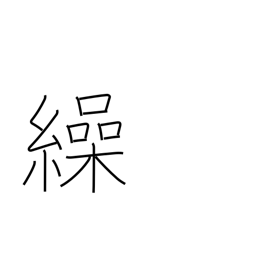
Meaning: refer to